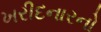
ખરીદનારનો